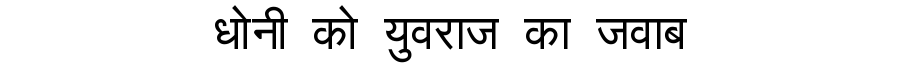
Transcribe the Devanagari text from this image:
धोनी को युवराज का जवाब